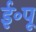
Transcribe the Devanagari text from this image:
ई॰पू